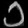
Digit: ၁